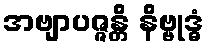
အဗျာပဇ္ဇန္တိ နိဗ္ဗုဒ္ဓံ